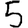
Digit: 5